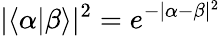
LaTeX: |\langle\alpha|\beta\rangle|^{2}=e^{-|\alpha-\beta|^{2}}